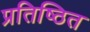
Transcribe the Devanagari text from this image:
प्रतिष्‍िठत